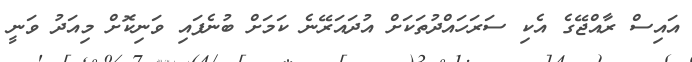
އައިސް ރާއްޖޭގެ އެކި ސަރަހައްދުތަކަށް އުދައަރޭނެ ކަމަށް ބުނެފައި ވަނިކޮށް މިއަދު ވަނީ